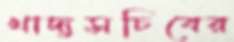
খাদ্যসচিবের